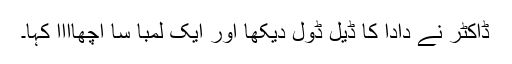
ڈاکٹر نے دادا کا ڈیل ڈول دیکھا اور ایک لمبا سا اچھاااا کہا۔